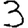
Digit: 3